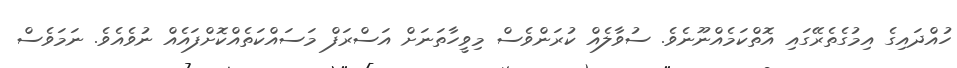
ހުއްދައިގެ އިމުގެތެރޭގައި އޮތްކަމެއްނޫނެވެ. ސުވާލެއް ކުރަންވެސް މިވީހާތަނަށް އަސްރަފް މަސައްކަތެއްކޮށްފައެއް ނުވެއެވެ. ނަމަވެސް